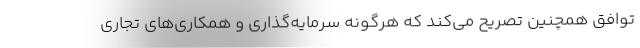
توافق همچنین تصریح می‌کند که هرگونه سرمایه‌گذاری و همکاری‌های تجاری